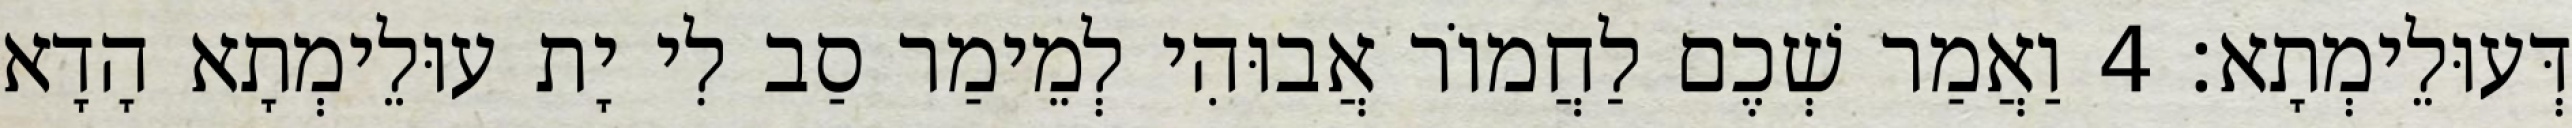
דְּעוּלֵימְתָא׃ 4 וַאֲמַר שְׁכֶם לַחֲמוֹר אֲבוּהִי לְמֵימַר סַב לִי יָת עוּלֵימְתָא הָדָא